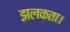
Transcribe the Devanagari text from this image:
झलकता।